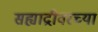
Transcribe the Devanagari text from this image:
सह्याद्रीवरच्या